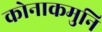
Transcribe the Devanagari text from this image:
कोनाकमुनि